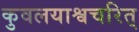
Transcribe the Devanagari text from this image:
कुवलयाश्वचरित्